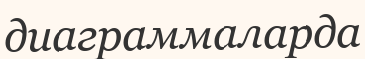
диаграммаларда